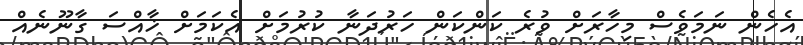
އެހެން ނަމަވެސް މިހާރަށް ވުރެ ކަންކަން ހަރުދަނާ ކުރުމަށް އެކަމަށް ޚާއްސަ ގާނޫނެއް